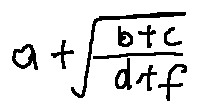
a + \sqrt { \frac { b + c } { d + f } }